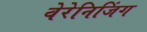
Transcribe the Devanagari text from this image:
वेरेनिजिंग